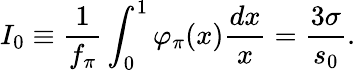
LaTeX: I_{0}\equiv\frac 1{f_{\pi}}\int_{0}^{1}\varphi_{\pi}(x)\frac{dx}{x}=\frac{3\sigma}{s_{0}}.